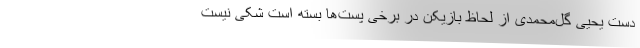
دست یحیی گل‌محمدی از لحاظ بازیکن در برخی پست‌ها بسته است شکی نیست